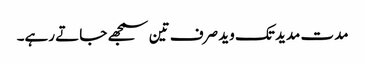
مدت مدید تک وید صرف تین سمجھے جاتے رہے۔